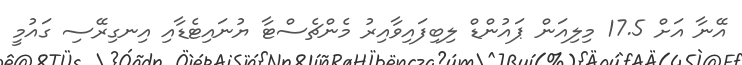
އޭނާ އަށް 17.5 މިލިއަން ޕައުންޑް ލިބިފައިވާއިރު މެންޗެސްޓާ ޔުނައިޓެޑާއި އިނގިރޭސި ގައުމީ